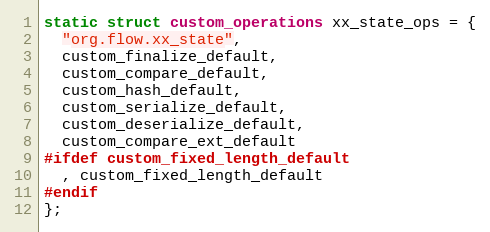
Language: C
static struct custom_operations xx_state_ops = {
  "org.flow.xx_state",
  custom_finalize_default,
  custom_compare_default,
  custom_hash_default,
  custom_serialize_default,
  custom_deserialize_default,
  custom_compare_ext_default
#ifdef custom_fixed_length_default
  , custom_fixed_length_default
#endif
};